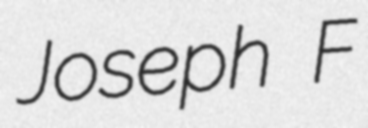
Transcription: Joseph F